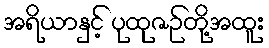
အရိယာနှင့် ပုထုဇဉ်တို့အထူး